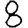
Digit: 8